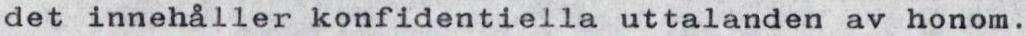
det innehåller konfidentiella uttalanden av honom.